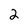
Character: 2